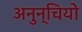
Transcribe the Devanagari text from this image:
अनुन्चियो